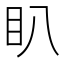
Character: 𭾘